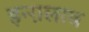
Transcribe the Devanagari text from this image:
इन्ग़लाब